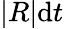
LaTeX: |R|\mathrm{d}t